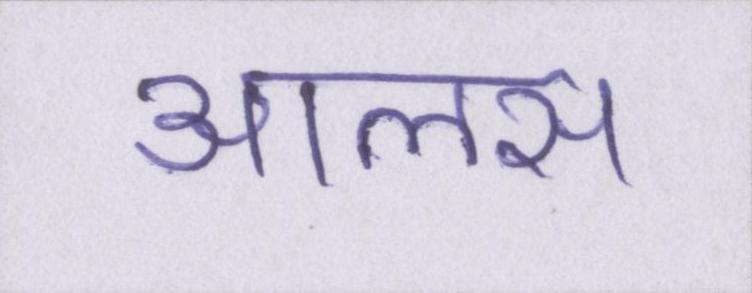
आलस